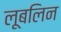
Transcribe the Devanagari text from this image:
लूबलिन